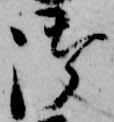
御